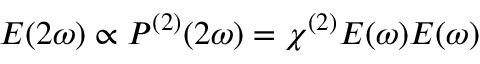
E ( 2 \omega ) \propto P ^ { ( 2 ) } ( 2 \omega ) = \chi ^ { ( 2 ) } E ( \omega ) E ( \omega )